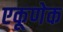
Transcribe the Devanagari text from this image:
एकूणेक